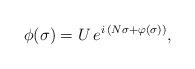
LaTeX: \begin{align*}\phi(\sigma) = U \, e^{ i \, ( N \sigma + \varphi(\sigma) ) },\end{align*}